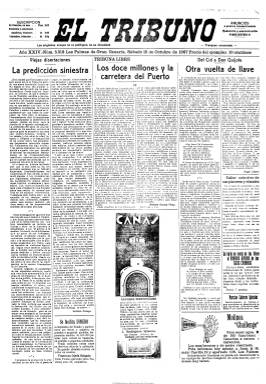
Título: El Tribuno (Las Palmas de Gran Canaria)
Colección: Periódicos
Ámbito geográfico: Las Palmas
Lugar de publicación: Las Palmas de Gran Canaria
Fechas: 15/10/1927-15/10/1927

Fue fundado por el abogado, periodista y político canario José Franchy y Roca (1871-1944), que había fundado también el Partido Republicano Democrático Federal en las islas, así como la Federación Obrera Canaria. En Las Palmas ya se había publicado una cabecera con el mismo título en 1857. Aparece como semanario el cinco de septiembre de 1910, para después convertirse en diario, según López de Zuazo, en 1910, y, según Checa Godoy, en 1912. Fue órgano del partido republicano federal, aunque también indicará en su cabecera “diario de la mañana” y “diario de la tarde”. El único ejemplar de la Biblioteca Nacional de España corresponde al 15 de octubre de 1927, en plena dictadura primoriverista. Desde 1922 venía siendo su quinto director Sebastián Suárez León, que lo seguirá siendo hasta mediados de los años treinta. Está considerado como uno de los pocos periódicos federales que se publicaron en España durante el régimen republicano y de los escasos diarios en la historia del federalismo hispano, tal como señala Checa Godoy (1989). Fue atacado por la derecha y por la izquierda obrera y fue uno de los periódicos más leídos de las islas. El ejemplar tiene cuatro páginas, compuesto a seis columnas. Contiene artículos políticos y de cultura, así como noticias locales de carácter municipal y deportivo, de sucesos y de tribunales, etc. También tiene una sección sobre el movimiento de los vapores del Puerto de la Luz. Inserta noticias nacionales, así como abundantes anuncios comerciales. Entre las firmas de sus colaboradores, aparecen las de Ángel Lázaro, Antonio Acosta Pérez y Antonio Zozaya. Estuvo publicándose hasta 1936.

Imágenes cedidas por TECNODOC.